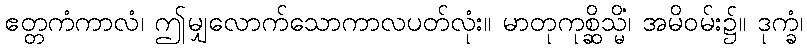
ဧတ္တကံကာလံ၊ ဤမျှလောက်သောကာလပတ်လုံး။ မာတုကုစ္ဆိသ္မိံ၊ အမိဝမ်း၌။ ဒုက္ခံ၊